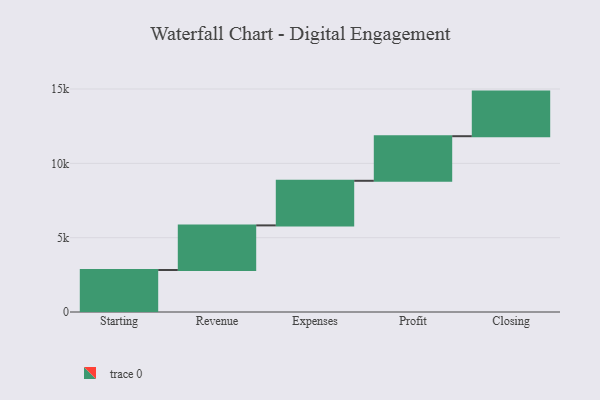
{"axis": {"x": "Step", "y": "Value"}, "legend": [""], "data": [{"x": "Starting", "y": 2826.0, "type": ""}, {"x": "Revenue", "y": 3000, "type": ""}, {"x": "Expenses", "y": 3000, "type": ""}, {"x": "Profit", "y": 3000, "type": ""}, {"x": "Closing", "y": 3000, "type": ""}]}